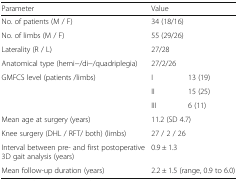
<table><thead><tr><td><b>Parameter</b></td><td colspan="2"><b>Value</b></td></tr></thead><tbody><tr><td>No. of patients (M / F)</td><td colspan="2">34 (18/16)</td></tr><tr><td>No. of limbs (M / F)</td><td colspan="2">55 (29/26)</td></tr><tr><td>Laterality (R / L)</td><td colspan="2">27/28</td></tr><tr><td>Anatomical type (hemi−/di−/quadriplegia)</td><td colspan="2">27/2/26</td></tr><tr><td>GMFCS level (patients /limbs)</td><td>I</td><td>13 (19)</td></tr><tr><td></td><td>II</td><td>15 (25)</td></tr><tr><td></td><td>III</td><td>6 (11)</td></tr><tr><td>Mean age at surgery (years)</td><td colspan="2">11.2 (SD 4.7)</td></tr><tr><td>Knee surgery (DHL / RFT/ both) (limbs)</td><td colspan="2">27 / 2 / 26</td></tr><tr><td>Interval between pre- and first postoperative 3D gait analysis (years)</td><td colspan="2">0.9 ± 1.3</td></tr><tr><td>Mean follow-up duration (years)</td><td colspan="2">2.2 ± 1.5 (range, 0.9 to 6.0)</td></tr></tbody></table>